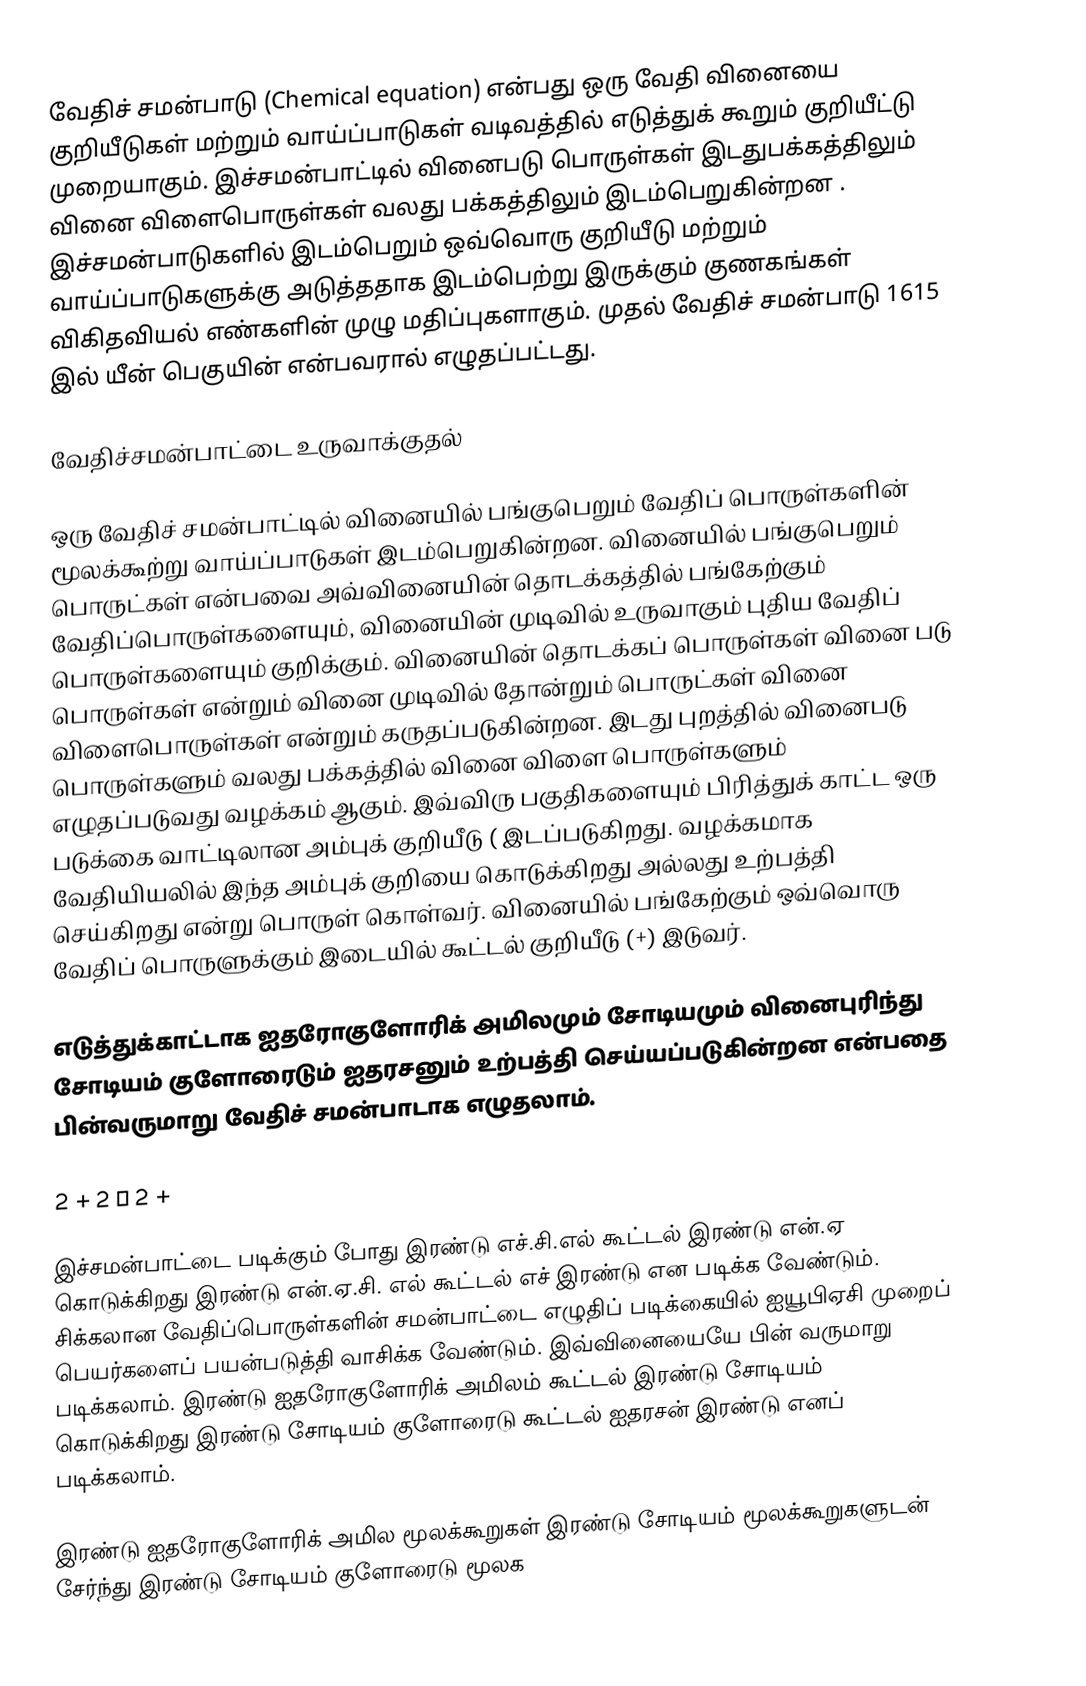
வேதிச் சமன்பாடு (Chemical equation) என்பது  ஒரு வேதி வினையை குறியீடுகள் மற்றும் வாய்ப்பாடுகள் வடிவத்தில் எடுத்துக் கூறும் குறியீட்டு முறையாகும். இச்சமன்பாட்டில் வினைபடு பொருள்கள் இடதுபக்கத்திலும் வினை விளைபொருள்கள் வலது பக்கத்திலும் இடம்பெறுகின்றன . இச்சமன்பாடுகளில் இடம்பெறும் ஒவ்வொரு குறியீடு மற்றும் வாய்ப்பாடுகளுக்கு அடுத்ததாக இடம்பெற்று இருக்கும் குணகங்கள் விகிதவியல் எண்களின் முழு மதிப்புகளாகும். முதல் வேதிச் சமன்பாடு 1615 இல் யீன் பெகுயின் என்பவரால் எழுதப்பட்டது.

வேதிச்சமன்பாட்டை உருவாக்குதல்

ஒரு வேதிச் சமன்பாட்டில் வினையில் பங்குபெறும்  வேதிப் பொருள்களின் மூலக்கூற்று வாய்ப்பாடுகள்  இடம்பெறுகின்றன. வினையில் பங்குபெறும்  பொருட்கள் என்பவை அவ்வினையின் தொடக்கத்தில் பங்கேற்கும் வேதிப்பொருள்களையும், வினையின் முடிவில் உருவாகும் புதிய வேதிப் பொருள்களையும் குறிக்கும். வினையின் தொடக்கப் பொருள்கள் வினை படு பொருள்கள் என்றும் வினை முடிவில் தோன்றும் பொருட்கள் வினை விளைபொருள்கள் என்றும் கருதப்படுகின்றன. இடது புறத்தில் வினைபடு பொருள்களும் வலது பக்கத்தில் வினை விளை பொருள்களும் எழுதப்படுவது வழக்கம் ஆகும். இவ்விரு பகுதிகளையும் பிரித்துக் காட்ட ஒரு படுக்கை வாட்டிலான அம்புக் குறியீடு ( இடப்படுகிறது. வழக்கமாக வேதியியலில் இந்த அம்புக் குறியை கொடுக்கிறது அல்லது உற்பத்தி செய்கிறது என்று பொருள் கொள்வர். வினையில் பங்கேற்கும் ஒவ்வொரு வேதிப் பொருளுக்கும் இடையில் கூட்டல் குறியீடு (+) இடுவர்.

எடுத்துக்காட்டாக ஐதரோகுளோரிக் அமிலமும் சோடியமும் வினைபுரிந்து சோடியம் குளோரைடும் ஐதரசனும் உற்பத்தி செய்யப்படுகின்றன என்பதை பின்வருமாறு வேதிச் சமன்பாடாக எழுதலாம்.

2  + 2  → 2  +

இச்சமன்பாட்டை  படிக்கும் போது  இரண்டு எச்.சி.எல் கூட்டல் இரண்டு என்.ஏ  கொடுக்கிறது இரண்டு என்.ஏ.சி. எல் கூட்டல் எச் இரண்டு என படிக்க வேண்டும். சிக்கலான வேதிப்பொருள்களின் சமன்பாட்டை எழுதிப் படிக்கையில் ஐயூபிஏசி முறைப் பெயர்களைப் பயன்படுத்தி வாசிக்க வேண்டும். இவ்வினையையே பின் வருமாறு படிக்கலாம். இரண்டு ஐதரோகுளோரிக் அமிலம் கூட்டல் இரண்டு சோடியம் கொடுக்கிறது இரண்டு சோடியம் குளோரைடு கூட்டல் ஐதரசன் இரண்டு எனப் படிக்கலாம்.

இரண்டு ஐதரோகுளோரிக் அமில மூலக்கூறுகள்  இரண்டு சோடியம் மூலக்கூறுகளுடன் சேர்ந்து  இரண்டு சோடியம் குளோரைடு மூலக